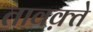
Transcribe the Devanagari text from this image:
तावक़्ते